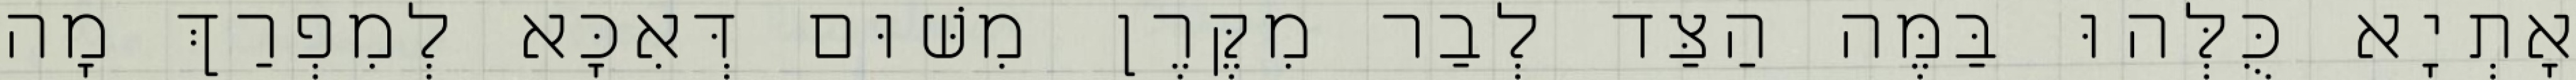
אָתְיָא כֻּלְּהוּ בַּמֶּה הַצַּד לְבַר מִקֶּרֶן מִשּׁוּם דְּאִכָּא לְמִפְרַךְ מָה